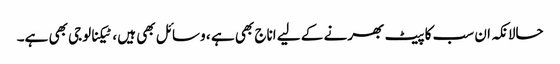
حالانکہ ان سب کا پیٹ بھرنے کے لیے اناج بھی ہے ، وسائل بھی ہیں ، ٹیکنالوجی بھی ہے۔